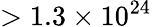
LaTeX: >1.3\times 10^{24}